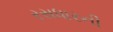
રસધારની